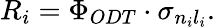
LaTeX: R_{i}=\Phi_{ODT}\cdot\sigma_{n_{i}l_{i}}.